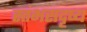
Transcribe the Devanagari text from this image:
स्तंभसदृष्य